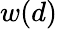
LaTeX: w(d)